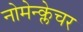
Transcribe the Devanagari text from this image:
नोमेन्क्लेचर